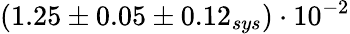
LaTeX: (1.25\pm 0.05\pm 0.12_{sys})\cdot 10^{-2}